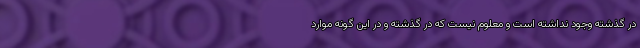
در گذشته وجود نداشته است و معلوم نيست كه در گذشته و در اين گونه موارد